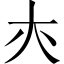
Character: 𡗕